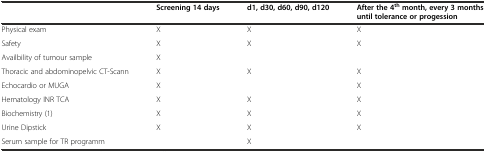
|  | Screening 14 days | d1, d30, d60, d90, d120 | After the 4thmonth, every 3 months until tolerance or progession |
 | --- | --- | --- | --- |
 | Physical exam | X | X | X |
 | Safety | X | X | X |
 | Availbility of tumour sample | X |  |  |
 | Thoracic and abdominopelvic CT-Scann | X | X | X |
 | Echocardio or MUGA | X |  | X |
 | Hematology INR TCA | X | X | X |
 | Biochemistry (1) | X | X | X |
 | Urine Dipstick | X | X | X |
 | Serum sample for TR programm |  | X |  |